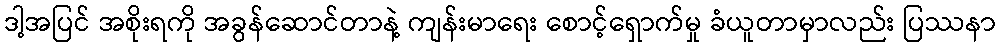
ဒါ့အပြင် အစိုးရကို အခွန်ဆောင်တာနဲ့ ကျန်းမာရေး စောင့်ရှောက်မှု ခံယူတာမှာလည်း ပြဿနာ